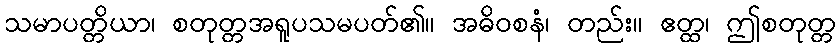
သမာပတ္တိယာ၊ စတုတ္တအရူပသမပတ်၏။ အဓိဝစနံ၊ တည်း။ ဧတ္ထ၊ ဤစတုတ္တ